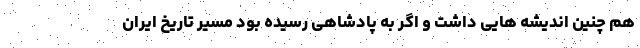
هم چنین اندیشه ‌هایی داشت و اگر به پادشاهی رسیده بود مسیر تاریخ ایران